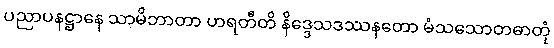
ပညာပနဋ္ဌာနေ သာမိဘာတာ ဟရတီတိ နိဒ္ဒေသဒဿနတော မံသသောတဓာတုံ